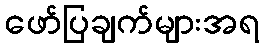
ဖော်ပြချက်များအရ